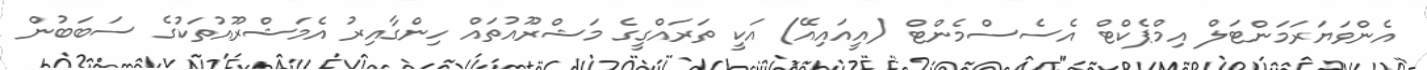
އެންވަޔަރަމަންޓަލް އިމްޕެކްޓް އެސެސްމެންޓް (އީއައިއޭ) އަކީ ތަރައްގީގެ މަޝްރޫއުތައް ހިންގާއިރު އެމަޝްރޫއުތަކުގެ ސަބަބުން